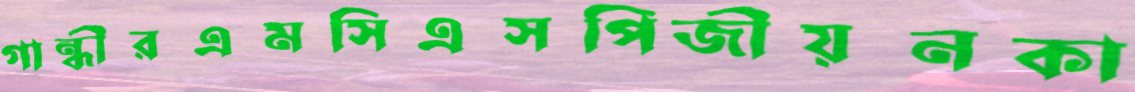
গান্ধীরএমসিএসপিজীয়নকা